Mental hospitals Bombay report 1929-33 - 1929-1933
Year: 1929
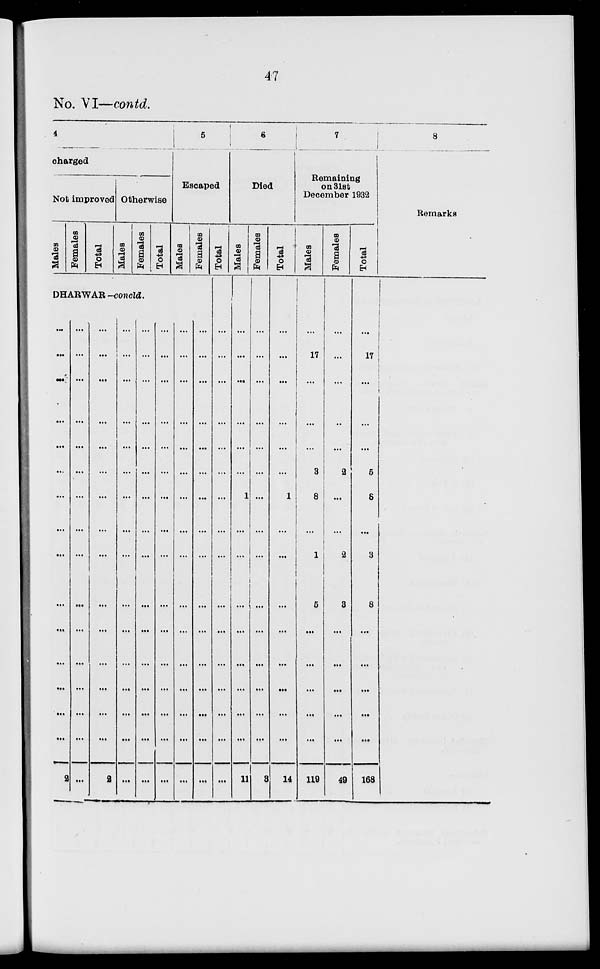
47
No. VI—contd.
4
charged
Not improved
Males
Females
Total
Otherwise
Males
Females
Total
5
Escaped
Males
Females
DHARWAR -concld.
...
...
...
...
...
...
...
...
...
...
...
...
...
...
...
2
...
...
...
...
...
...
...
...
...
...
...
...
...
...
...
...
...
...
...
...
...
...
...
...
...
...
...
...
...
...
...
2
...
...
...
...
...
...
...
...
...
...
...
...
...
...
...
...
...
...
...
...
...
...
...
...
...
...
...
...
...
...
...
...
...
...
...
...
...
...
...
...
...
...
...
...
...
...
...
...
...
...
...
...
...
...
...
...
...
...
...
...
...
...
...
...
...
...
...
...
...
...
...
...
...
...
...
...
...
...
...
...
Total
...
...
...
...
...
...
...
...
...
...
...
...
...
...
...
...
6
Died
Males
...
...
...
...
...
...
1
...
...
...
...
...
...
...
...
11
Females
...
...
...
...
...
...
...
...
...
...
...
...
...
...
...
3
Total
...
...
...
...
...
...
1
...
...
...
...
...
...
...
...
14
7
Remaining
on 31st
December 1932
Males
...
17
...
...
...
3
8
...
1
5
...
...
...
...
...
119
Females
...
...
...
...
...
2
...
...
2
3
...
...
...
...
...
49
Total
...
17
...
...
...
5
8
...
3
8
...
...
...
...
...
168
8
Remarks